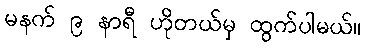
မနက် ၉ နာရီ ဟိုတယ်မှ ထွက်ပါမယ်။